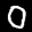
Label: 0